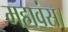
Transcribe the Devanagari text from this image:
महावंस।